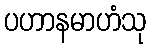
ပဟာနမာဟံသု